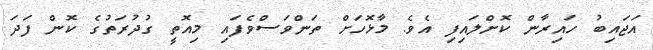
އަޖައިބު ހައިރާން ކޮށްލައިފި އެވެ. މާޅޮހަށް ތަންވަސްވެފައި މިއޮތީ ގުދުރަތުގެ ކޮން ފަދަ